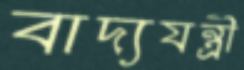
বাদ্যযন্ত্রী